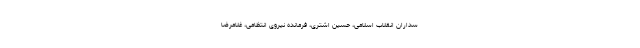
سداران انقلاب اسلامی، حسین اشتری، فرمانده نیروی انتظامی، غلامرضا